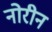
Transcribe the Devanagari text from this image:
नोरीन